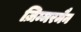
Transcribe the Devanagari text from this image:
ज़िम्मरमैन